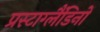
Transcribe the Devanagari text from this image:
प्रस्टाग्लैंडिनों